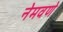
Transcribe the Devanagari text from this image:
नेमवणे